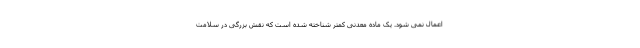
اعمال نمی شود. یک ماده معدنی کمتر شناخته شده است که نقش بزرگی در سلامت